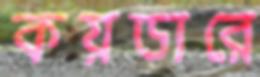
কয়ডারে